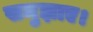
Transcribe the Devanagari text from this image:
समुझाए।